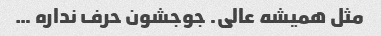
مثل همیشه عالی. جوجشون حرف نداره …